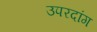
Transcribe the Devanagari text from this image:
उपरदांग